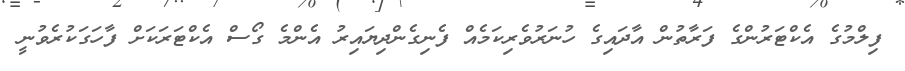
ފިލްމުގެ އެކްޓަރުންގެ ފަރާތުން އާދައިގެ ހުނަރުވެރިކަމެއް ފެނިގެންދިޔައިރު އެންމެ ގޯސް އެކްޓަރަކަށް ފާހަގަކުރެވުނީ